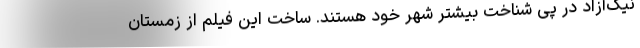
نیک‌آزاد در پی شناخت بیشتر شهر خود هستند. ساخت این فیلم از زمستان